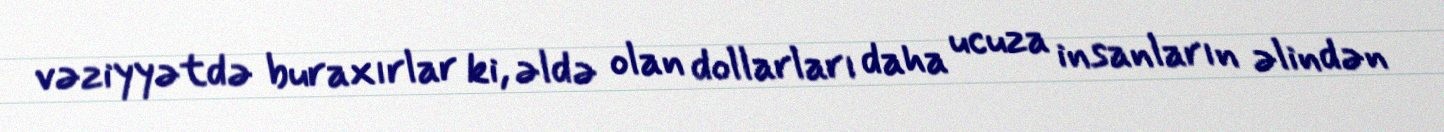
vəziyyətdə buraxırlar ki, əldə olan dollarları daha ucuza insanların əlindən